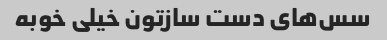
سس‌های دست سازتون خیلی خوبه